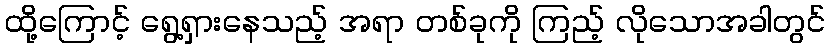
ထို့ကြောင့် ရွေ့ရှားနေသည့် အရာ တစ်ခုကို ကြည့် လိုသောအခါတွင်